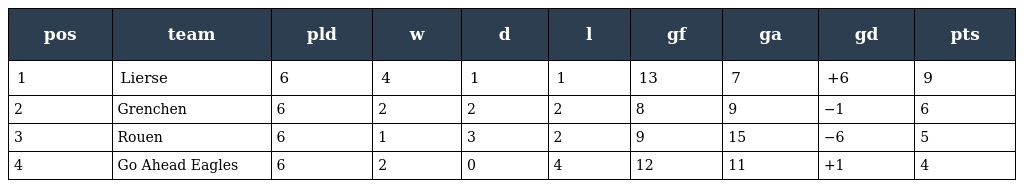
| pos | team | pld | w | d | l | gf | ga | gd | pts |
 | --- | --- | --- | --- | --- | --- | --- | --- | --- | --- |
 | 1 | Lierse | 6 | 4 | 1 | 1 | 13 | 7 | +6 | 9 |
 | 2 | Grenchen | 6 | 2 | 2 | 2 | 8 | 9 | −1 | 6 |
 | 3 | Rouen | 6 | 1 | 3 | 2 | 9 | 15 | −6 | 5 |
 | 4 | Go Ahead Eagles | 6 | 2 | 0 | 4 | 12 | 11 | +1 | 4 |